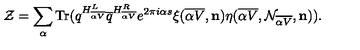
{ \cal Z } = \sum _ { \alpha } \mathrm { T r } ( q ^ { H _ { \overline { { \alpha V } } } ^ { L } } { \overline { q } } ^ { H _ { \overline { { \alpha V } } } ^ { R } } e ^ { 2 \pi i \alpha s } \xi ( { \overline { { \alpha V } } } , { \bf n } ) \eta ( { \overline { { \alpha V } } } , { \cal N } _ { \overline { { \alpha V } } } , { \bf n } ) ) .